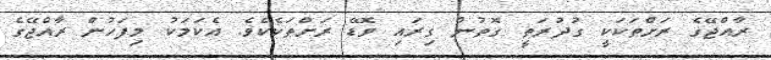
ރާއްޖޭގެ ރަށްތަކަކީ ގުދުރަތީ ގޮތުން ގިރައި ވޮޑޭ ރަށްތަކެކެވެ. އެކަމަކު މިފަހުން ރާއްޖޭގެ